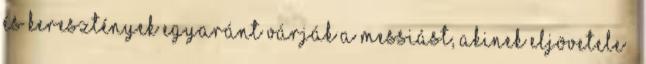
és keresztények egyaránt várják a Messiást, akinek eljövetele –